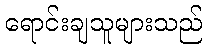
ရောင်းချသူများသည်